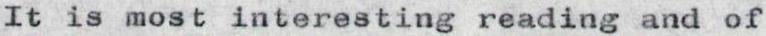
It is most interesting reading and of